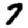
Digit: 7